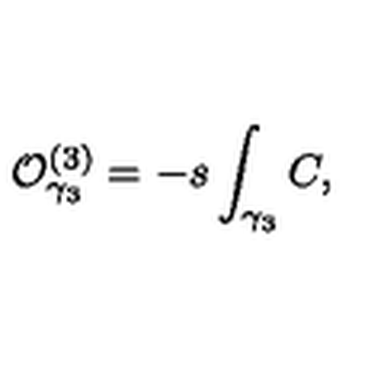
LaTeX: { \cal O } _ { \gamma _ { 3 } } ^ { ( 3 ) } = - s \int _ { \gamma _ { 3 } } C ,